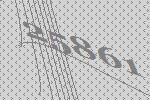
25861